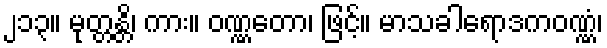
၂၁၃။ မုတ္တန္တိ၊ ကား။ ဝဏ္ဏတော၊ ဖြင့်။ မာသခါရောဒကဝဏ္ဏံ၊